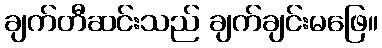
ချက်တီဆင်းသည် ချက်ချင်းမဖြေ။